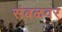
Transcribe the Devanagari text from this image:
संबळवर